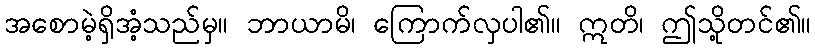
အစောမဲ့ရှိအံ့သည်မှ။ ဘာယာမိ၊ ကြောက်လှပါ၏။ ဣတိ၊ ဤသို့တင်၏။